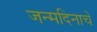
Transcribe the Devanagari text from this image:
जन्‍मदिनाचे